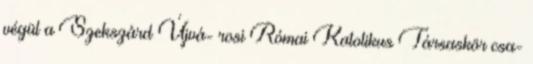
végül a Szekszárd Újvá- rosi Római Katolikus Társaskör csa-